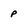
Character: p